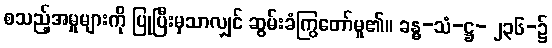
စသည့်အမှုများကို ပြုပြီးမှသာလျှင် ဆွမ်းခံကြွတော်မူ၏။ ခန္ဓ-သံ-ဋ္ဌ- ၂၃၆-၌